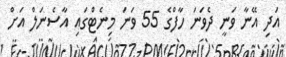
އަދި އޭނާ ވަނީ ދެވަނަ ހާފްގެ 55 ވަނަ މިނެޓްގައި އާސެނަލް އަށް